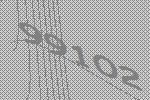
99102